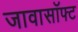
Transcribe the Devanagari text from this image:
जावासॉफ्ट